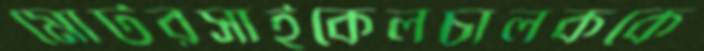
মোটরসাইকেলচালককে